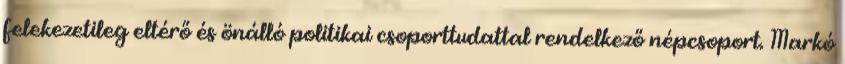
felekezetileg eltérő és önálló politikai csoporttudattal rendelkező népcsoport. Markó